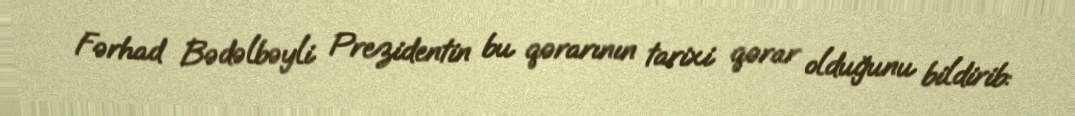
Fərhad Bədəlbəyli Prezidentin bu qərarının tarixi qərar olduğunu bildirib: